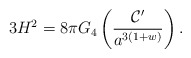
\begin{align*}3H^2 = 8\pi G_4\left(\frac{{\cal C}'}{a^{3(1+w)}}\right).\end{align*}